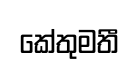
කේතුමතී